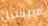
سيسيل